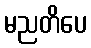
မညတိပေ